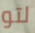
لتو